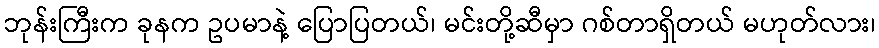
ဘုန်းကြီးက ခုနက ဥပမာနဲ့ ပြောပြတယ်၊ မင်းတို့ဆီမှာ ဂစ်တာရှိတယ် မဟုတ်လား၊